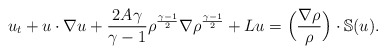
\begin{align*}u_t+u\cdot\nabla u +\frac{2A\gamma}{\gamma-1}\rho^{\frac{\gamma-1}{2}}\nabla\rho^{\frac{\gamma-1}{2}}+Lu=\Big(\frac{\nabla \rho}{\rho}\Big) \cdot \mathbb{S}(u).\end{align*}